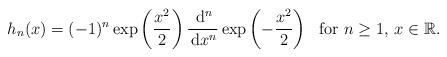
LaTeX: \begin{align*} h_n (x)=(-1)^n\exp \left( \frac{x^2}{2}\right)\frac{\, \mathrm{d}^n}{\,\mathrm{d} x^n}\exp\left(-\frac{x^2}{2}\right)~~\mbox{for $n\ge1$, $x\in\mathbb{R}$.}\end{align*}